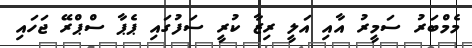
މެމްބަރު ސަމީރު އާއި އަލީ ރިޒާ ކުރީ ސަފުގައި ޕެޕާ ސްޕްރޭ ޖަހައި